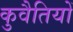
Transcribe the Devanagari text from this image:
कुवैतियों